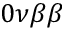
0 \nu \beta \beta